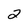
Character: 2